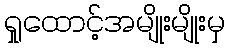
ရှုထောင့်အမျိုးမျိုးမှ